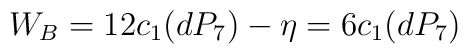
W_{B} = 12c_{1}(dP_{7}) - \eta = 6 c_{1}(dP_{7})